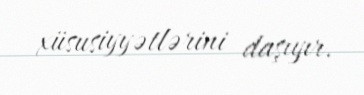
xüsusiyyətlərini daşıyır.